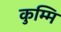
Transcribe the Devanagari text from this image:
कुम्मि